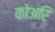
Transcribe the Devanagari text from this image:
कोअरि